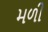
મળી